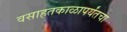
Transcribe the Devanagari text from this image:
वसाहतकाळापर्यंतचा